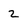
Character: 2